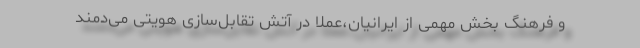
و فرهنگ بخش مهمی از ایرانیان،عملا در آتش تقابل‌سازی هویتی می‌دمند